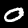
Digit: 0